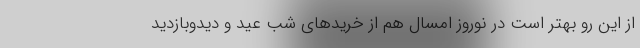
از این رو بهتر است در نوروز امسال هم از خریدهای شب عید و دیدوبازدید